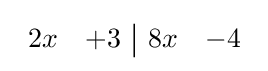
{\begin{array}{rr|rr}2x&+3&8x&-4\end{array}}